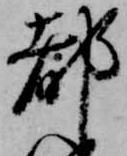
都